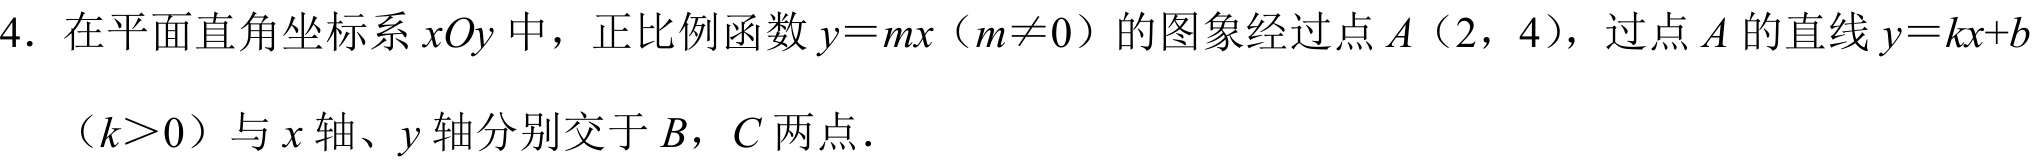
4. 在平面直角坐标系 \(xOy\) 中，正比例函数 \(y = mx（m\neq0）\) 的图象经过点 \(A（2，4）\)，过点 \(A\) 的直线 \(y = kx + b\)（\(k>0\)）与 \(x\) 轴、\(y\) 轴分别交于 \(B\)，\(C\) 两点．